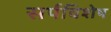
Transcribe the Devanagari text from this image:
सर्पविशेष